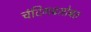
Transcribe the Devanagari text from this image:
चंदिगढसोबत